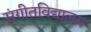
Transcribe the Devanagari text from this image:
संगीतविद्यालय